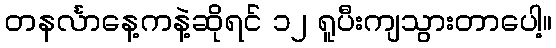
တနင်္လာနေ့ကနဲ့ဆိုရင် ၁၂ ရူပီးကျသွားတာပေါ့။